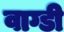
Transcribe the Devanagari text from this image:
वाग्डी